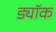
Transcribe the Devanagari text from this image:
ड्यॉक